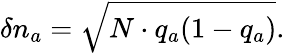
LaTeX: \delta n_{a}=\sqrt{N\cdot q_{a}(1-q_{a})}.